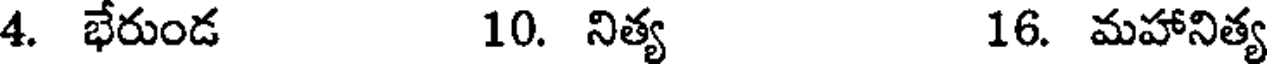
4. భేరుండ 10. నిత్య 16. మహానిత్య